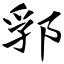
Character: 郛